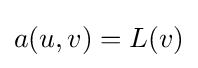
a(u,v)=L(v)